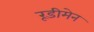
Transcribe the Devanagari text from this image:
रूडीमेन